Indian journal of veterinary science and animal husbandry - Volumes 15-17, 1948-1951
Year: 1948
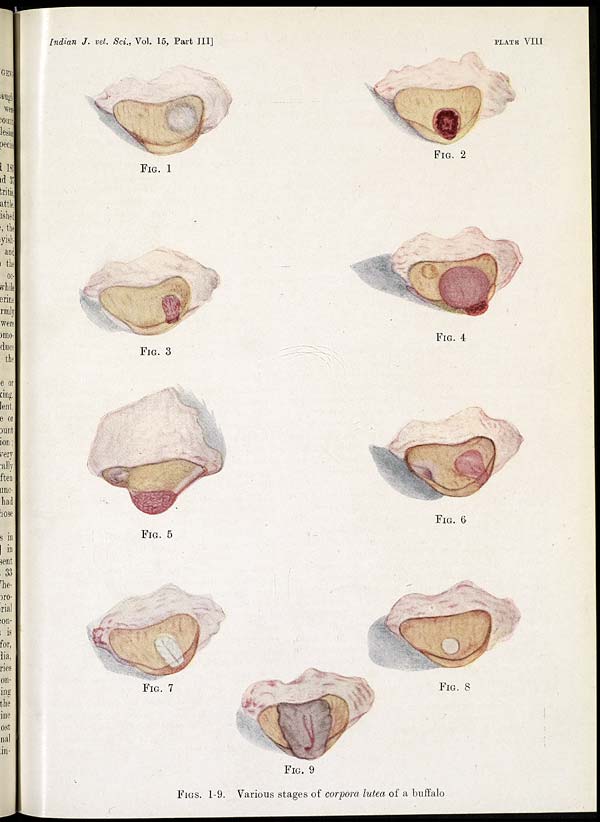
Indian J. vet. Sci., Vol. 15, Part III]
PLATE VIII
FIG. 1
FIG. 2
FIG. 3
FIG. 4
FIG. 5
FIG. 6
FIG. 7
FIG. 8
FIG. 9
FIGS. 1-9. Various stages of corpora lutea of a buffalo